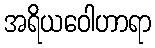
အရိယဝေါဟာရာ